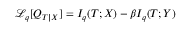
\mathcal { L } _ { q } [ Q _ { T | X } ] = I _ { q } ( T ; X ) - \beta I _ { q } ( T ; Y )